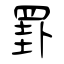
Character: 罫